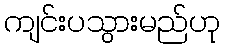
ကျင်းပသွားမည်ဟု